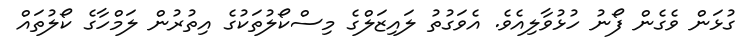
ގުޅަން ވެގެން ފޯނު ހުޅުވާލިއެވެ. އެވަގުތު ލައިޒަލްގެ މިސްކޯލުތަކުގެ އިތުރުން ލަމްހާގެ ކޯލުތައް